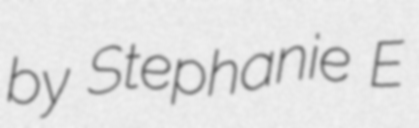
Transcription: by Stephanie E